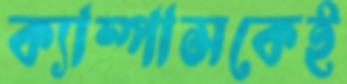
ক্যাম্পাসকেই